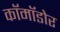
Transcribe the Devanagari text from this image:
कॉमॉडोर